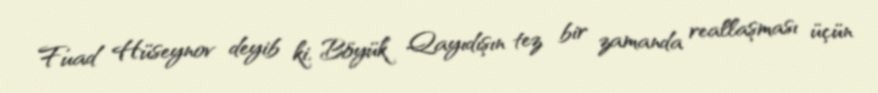
Fuad Hüseynov deyib ki, Böyük Qayıdışın tez bir zamanda reallaşması üçün